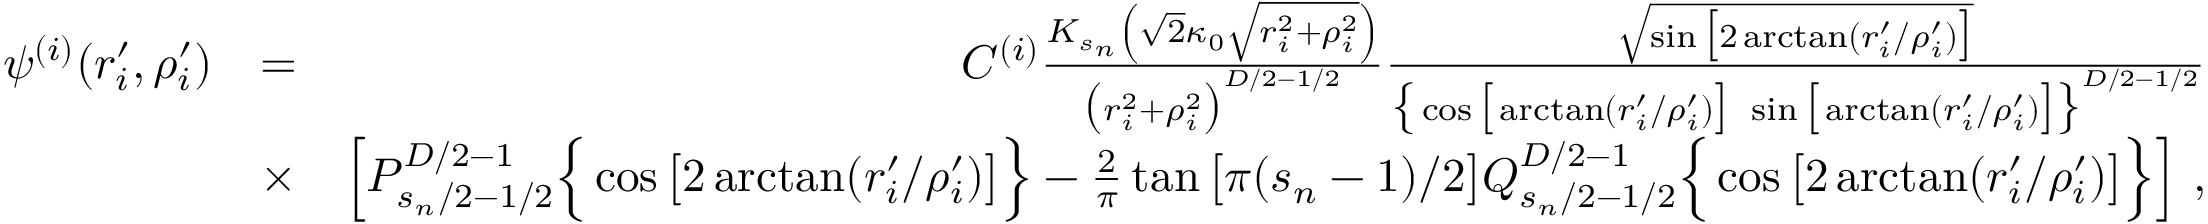
\begin{array} { r l r } { \psi ^ { ( i ) } ( r _ { i } ^ { \prime } , \rho _ { i } ^ { \prime } ) } & { = } & { C ^ { ( i ) } \frac { K _ { s _ { n } } \left( \sqrt { 2 } \kappa _ { 0 } \sqrt { r _ { i } ^ { 2 } + \rho _ { i } ^ { 2 } } \right) } { \big ( r _ { i } ^ { 2 } + \rho _ { i } ^ { 2 } \big ) ^ { D / 2 - 1 / 2 } } \frac { \sqrt { \sin \big [ 2 \arctan \left( r _ { i } ^ { \prime } / \rho _ { i } ^ { \prime } \right) \big ] } } { \big \{ \cos \big [ \arctan \left( r _ { i } ^ { \prime } / \rho _ { i } ^ { \prime } \right) \big ] \ \sin \big [ \arctan \left( r _ { i } ^ { \prime } / \rho _ { i } ^ { \prime } \right) \big ] \big \} ^ { D / 2 - 1 / 2 } } } \\ & { \times } & { \left[ P _ { s _ { n } / 2 - 1 / 2 } ^ { D / 2 - 1 } \Big \{ \cos \big [ 2 \arctan ( r _ { i } ^ { \prime } / \rho _ { i } ^ { \prime } ) \big ] \Big \} - \frac { 2 } { \pi } \tan \big [ \pi ( s _ { n } - 1 ) / 2 \big ] Q _ { s _ { n } / 2 - 1 / 2 } ^ { D / 2 - 1 } \Big \{ \cos \big [ 2 \arctan ( r _ { i } ^ { \prime } / \rho _ { i } ^ { \prime } ) \big ] \Big \} \right] \, , } \end{array}